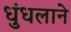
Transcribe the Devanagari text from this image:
धुंधलाने